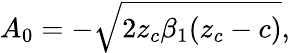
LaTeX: A_{0}=-\sqrt{2z_{c}\beta_{1}(z_{c}-c)},